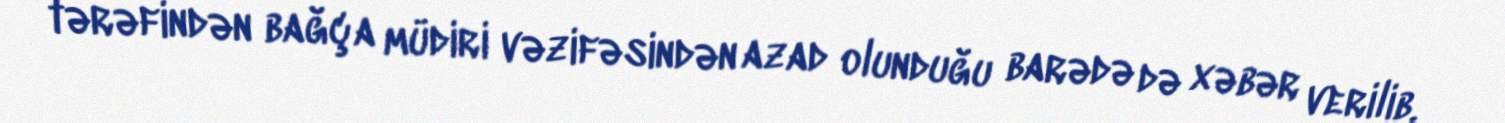
tərəfindən bağça müdiri vəzifəsindən azad olunduğu barədə də xəbər verilib.